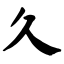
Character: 久